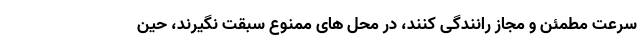
سرعت مطمئن و مجاز رانندگی کنند، در محل های ممنوع سبقت نگیرند، حین